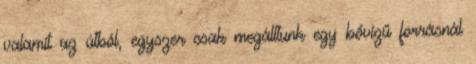
valamit az útból, egyszer csak megálltunk egy bővizű forrásnál